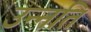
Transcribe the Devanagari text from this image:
उन्‍नति